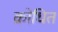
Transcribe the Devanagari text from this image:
क्रोधित